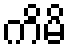
ကိမိ